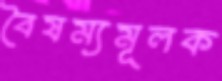
বৈষম্যমূলক